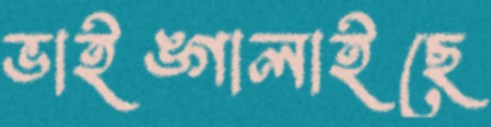
ভাইঙ্গালাইছে